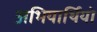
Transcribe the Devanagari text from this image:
अभियार्थियो